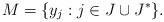
LaTeX: \begin{align*}M=\{y_j:j\in J\cup J^*\}.\end{align*}